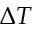
\Delta T